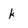
Character: k